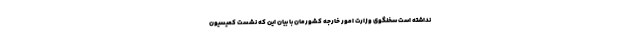
نداشته است سخنگوی وزارت امور خارجه کشورمان با بیان این که نشست کمیسیون